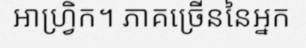
អាហ្វ្រិក។ ភាគច្រើននៃអ្នក